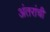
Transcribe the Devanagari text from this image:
अंतरांची